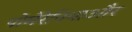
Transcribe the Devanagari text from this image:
पोमेरेनियाऔर